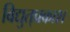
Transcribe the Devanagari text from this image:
विद्युत्‌प्रकाश